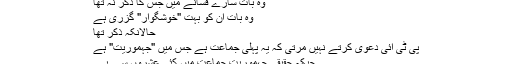
وہ بات سارے فسانے میں جس کا ذکر نہ تھا​
وہ بات اُن کو بہت "خوشگوار" گزری ہے​
حالانکہ ذکر تھا
پی ٹی ائی دعوی کرتے نہیں مرتی کہ یہ پہلی جماعت ہے جس میں "جہموریت" ہے
جبکہ حقیقی جہموریت جماعت میں کئی عشروں سے ہے۔